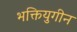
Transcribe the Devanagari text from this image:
भक्तियुगीन